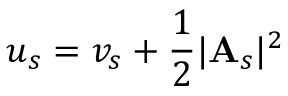
u _ { s } = v _ { s } + \frac 1 2 \vert \mathbf { A } _ { s } \vert ^ { 2 }